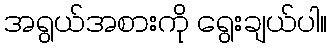
အရွယ်အစားကို ရွေးချယ်ပါ။